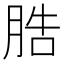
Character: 𦛩